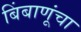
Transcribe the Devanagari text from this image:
बिंबाणूंचा